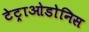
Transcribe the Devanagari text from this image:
टेट्राओडोनिस